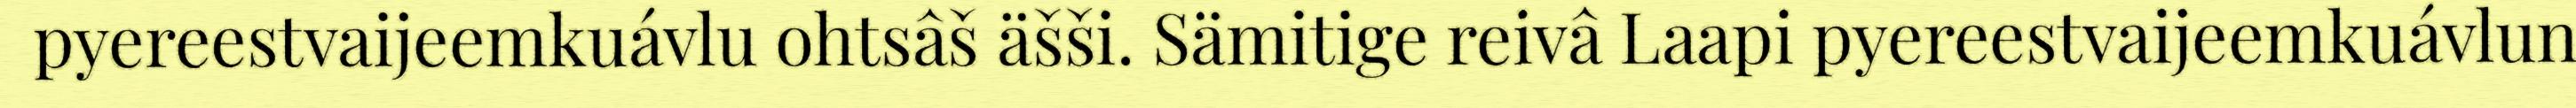
pyereestvaijeemkuávlu ohtsâš äšši. Sämitige reivâ Laapi pyereestvaijeemkuávlun